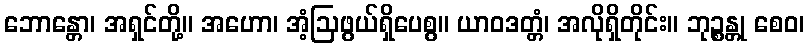
ဘောန္တော၊ အရှင်တို့။ အဟော၊ အံ့ဩဖွယ်ရှိပေစွ။ ယာဝဒတ္တံ၊ အလိုရှိတိုင်း။ ဘုဉ္စန္တု စေဝ၊